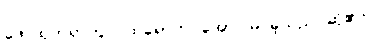
ဖော်ထုတ်ရာတွင် ထိရောက် အောင်မြင်ခဲ့သည် ဆို၏။